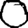
Digit: 0